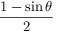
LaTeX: \frac { 1 - \sin \theta } { 2 }